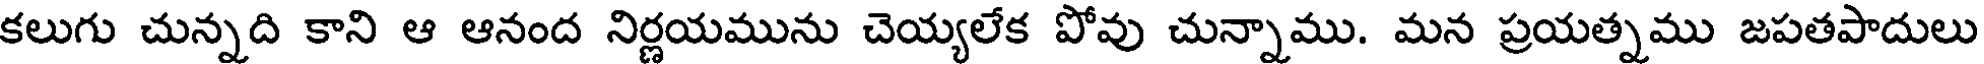
కలుగు చున్నది కాని ఆ ఆనంద నిర్ణయమును చెయ్యలేక పోవు చున్నాము. మన ప్రయత్నము జపతపాదులు